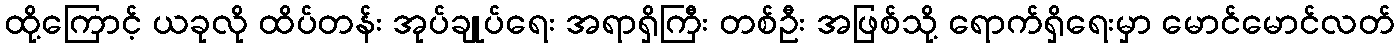
ထို့ကြောင့် ယခုလို ထိပ်တန်း အုပ်ချုပ်ရေး အရာရှိကြီး တစ်ဦး အဖြစ်သို့ ရောက်ရှိရေးမှာ မောင်မောင်လတ်